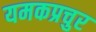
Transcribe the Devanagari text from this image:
यमकप्रचुर